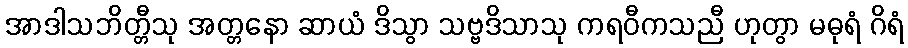
အာဒါသဘိတ္တီသု အတ္တနော ဆာယံ ဒိသွာ သဗ္ဗဒိသာသု ကရဝီကသညီ ဟုတွာ မဓုရံ ဂိရံ